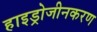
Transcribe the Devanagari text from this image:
हाइड्रोजीनकरण